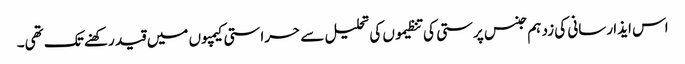
اس ایذا رسانی کی زد ہم جنس پرستی کی تنظیموں کی تحلیل سے حراستی کیمپوں میں قید رکھنے تک تھی۔